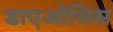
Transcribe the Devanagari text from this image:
डाएओसिस